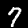
Label: 7